Indian journal of veterinary science and animal husbandry - Volume 10,
Year: 1940
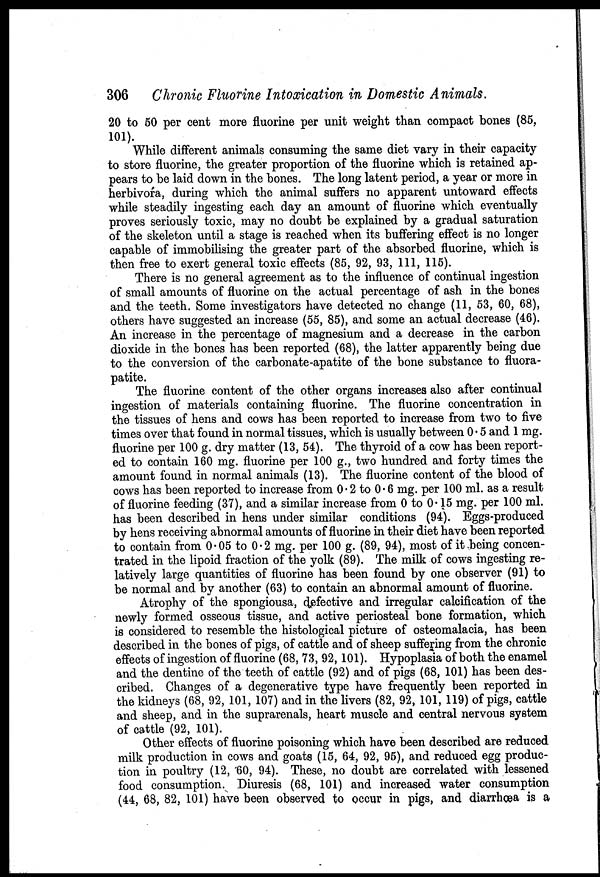
306 Chronic Fluorine Intoxication in Domestic Animals.
20 to 50 per cent more fluorine per unit weight than compact bones (85,
101).
While different animals consuming the same diet vary in their capacity
to store fluorine, the greater proportion of the fluorine which is retained ap-
pears to be laid down in the bones. The long latent period, a year or more in
herbivora, during which the animal suffers no apparent untoward effects
while steadily ingesting each day an amount of fluorine which eventually
proves seriously toxic, may no doubt be explained by a gradual saturation
of the skeleton until a stage is reached when its buffering effect is no longer
capable of immobilising the greater part of the absorbed fluorine, which is
then free to exert general toxic effects (85, 92, 93, 111, 115).
There is no general agreement as to the influence of continual ingestion
of small amounts of fluorine on the actual percentage of ash in the bones
and the teeth. Some investigators have detected no change (11, 53, 60, 68),
others have suggested an increase (55, 85), and some an actual decrease (46).
An increase in the percentage of magnesium and a decrease in the carbon
dioxide in the bones has been reported (68), the latter apparently being due
to the conversion of the carbonate-apatite of the bone substance to fluora-
patite.
The fluorine content of the other organs increases also after continual
ingestion of materials containing fluorine. The fluorine concentration in
the tissues of hens and cows has been reported to increase from two to five
times over that found in normal tissues, which is usually between 0.5 and 1 mg.
fluorine per 100 g. dry matter (13, 54). The thyroid of a cow has been report-
ed to contain 160 mg. fluorine per 100 g., two hundred and forty times the
amount found in normal animals (13). The fluorine content of the blood of
cows has been reported to increase from 0.2 to 0.6 mg. per 100 ml. as a result
of fluorine feeding (37), and a similar increase from 0 to 0. 15 mg. per 100 ml.
has been described in hens under similar conditions (94). Eggs-produced
by hens receiving abnormal amounts of fluorine in their diet have been reported
to contain from 0.05 to 0.2 mg. per 100 g. (89, 94), most of it being concen-
trated in the lipoid fraction of the yolk (89). The milk of cows ingesting re-
latively large quantities of fluorine has been found by one observer (91) to
be normal and by another (63) to contain an abnormal amount of fluorine.
Atrophy of the spongiousa, defective and irregular calcification of the
newly formed osseous tissue, and active periosteal bone formation, which
is considered to resemble the histological picture of osteomalacia, has been
described in the bones of pigs, of cattle and of sheep suffering from the chronic
effects of ingestion of fluorine (68, 73, 92, 101). Hypoplasia of both the enamel
and the dentine of the teeth of cattle (92) and of pigs (68, 101) has been des-
cribed. Changes of a degenerative type have frequently been reported in
the kidneys (68, 92, 101, 107) and in the livers (82, 92, 101, 119) of pigs, cattle
and sheep, and in the suprarenals, heart muscle and central nervous system
of cattle (92, 101).
Other effects of fluorine poisoning which have been described are reduced
milk production in cows and goats (15, 64, 92, 95), and reduced egg produc-
tion in poultry (12, '60, 94). These, no doubt are correlated with lessened
food consumption. Diuresis (68, 101) and increased water consumption
(44, 68, 82, 101) have been observed to occur in pigs, and diarrhœa is a